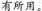
有所用。